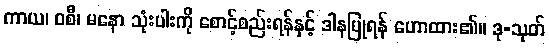
ကာယ၊ ဝစီ၊ မနော သုံးပါးကို စောင့်စည်းရန်နှင့် ဒါနပြုရန် ဟောထား၏။ ဒု-သုတ်